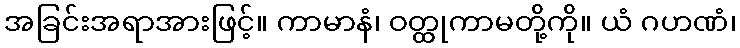
အခြင်းအရာအားဖြင့်။ ကာမာနံ၊ ဝတ္ထုကာမတို့ကို။ ယံ ဂဟဏံ၊